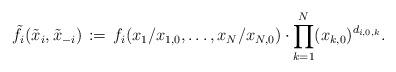
LaTeX: \begin{align*}\tilde{f}_i(\tilde{x}_i,\tilde{x}_{-i}) \,\coloneqq\,f_i(x_1/x_{1,0},\dots,x_N/x_{N,0})\cdot\prod_{k=1}^N ( x_{k,0} )^{d_{i,0,k}} .\end{align*}